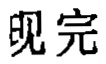
现完